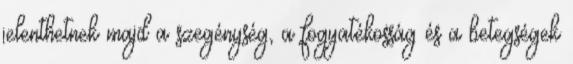
jelenthetnek majd a szegénység, a fogyatékosság és a betegségek